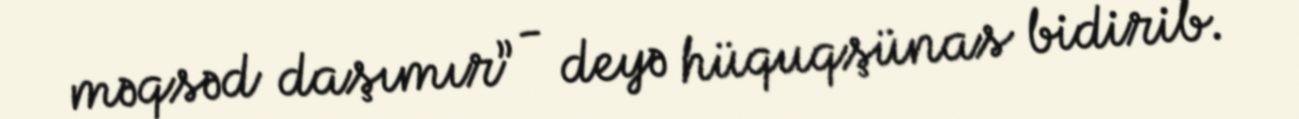
məqsəd daşımır” - deyə hüquqşünas bidirib.